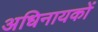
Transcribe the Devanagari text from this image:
अधिनायकों